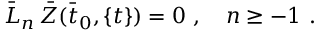
{ \bar { L } } _ { n } \, { \bar { Z } } ( { \bar { t } } _ { 0 } , \{ t \} ) = 0 \ , \quad n \ge - 1 \ .